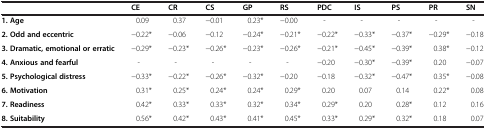
<table><thead><tr><td><b> </b></td><td><b>CE</b></td><td><b>CR</b></td><td><b>CS</b></td><td><b>GP</b></td><td><b>RS</b></td><td><b>PDC</b></td><td><b>IS</b></td><td><b>PS</b></td><td><b>PR</b></td><td><b>SN</b></td></tr></thead><tbody><tr><td><b>1. Age</b></td><td>0.09</td><td>0.37</td><td>−0.01</td><td>0.23*</td><td>−0.00</td><td>-</td><td>-</td><td>-</td><td>-</td><td>-</td></tr><tr><td><b>2. Odd and eccentric</b></td><td>−0.22*</td><td>−0.06</td><td>−0.12</td><td>−0.24*</td><td>−0.21*</td><td>−0.22*</td><td>−0.33*</td><td>−0.37*</td><td>−0.29*</td><td>−0.18</td></tr><tr><td><b>3. Dramatic, emotional or erratic</b></td><td>−0.29*</td><td>−0.23*</td><td>−0.26*</td><td>−0.23*</td><td>−0.26*</td><td>−0.21*</td><td>−0.45*</td><td>−0.39*</td><td>0.38*</td><td>−0.12</td></tr><tr><td><b>4. Anxious and fearful</b></td><td>-</td><td>-</td><td>-</td><td>-</td><td>-</td><td>−0.20</td><td>−0.30*</td><td>−0.39*</td><td>0.20</td><td>−0.07</td></tr><tr><td><b>5. Psychological distress</b></td><td>−0.33*</td><td>−0.22*</td><td>−0.26*</td><td>−0.32*</td><td>−0.20</td><td>−0.18</td><td>−0.32*</td><td>−0.47*</td><td>0.35*</td><td>−0.08</td></tr><tr><td><b>6. Motivation</b></td><td>0.31*</td><td>0.25*</td><td>0.24*</td><td>0.24*</td><td>0.29*</td><td>0.20</td><td>0.07</td><td>0.14</td><td>0.22*</td><td>0.08</td></tr><tr><td><b>7. Readiness</b></td><td>0.42*</td><td>0.33*</td><td>0.33*</td><td>0.32*</td><td>0.34*</td><td>0.29*</td><td>0.20</td><td>0.28*</td><td>0.12</td><td>0.16</td></tr><tr><td><b>8. Suitability</b></td><td>0.56*</td><td>0.42*</td><td>0.43*</td><td>0.41*</td><td>0.45*</td><td>0.33*</td><td>0.29*</td><td>0.32*</td><td>0.18</td><td>0.07</td></tr></tbody></table>